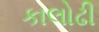
કાલોઢી